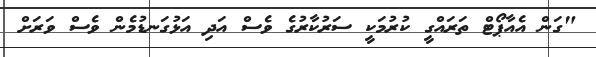
"ގަން އެއާޕޯޓް ތަރައްގީ ކުރުމަކީ ސަރުކާރުގެ ވެސް އަދި އަޅުގަނޑުމެން ވެސް ވަރަށް